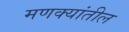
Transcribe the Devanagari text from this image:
मणक्यांतील